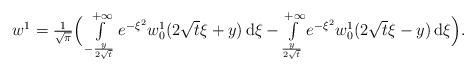
LaTeX: \begin{align*}\begin{array}{ll}w^1 = \frac{1}{\sqrt{\pi}} \Big(\int\limits_{-\frac{y}{2\sqrt{t}}}^{+\infty} e^{-\xi^2} w_0^1(2\sqrt{t}\xi + y) \,\mathrm{d}\xi- \int\limits_{\frac{y}{2\sqrt{t}}}^{+\infty} e^{-\xi^2} w_0^1(2\sqrt{t}\xi - y) \,\mathrm{d}\xi\Big).\end{array}\end{align*}